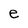
Character: e